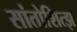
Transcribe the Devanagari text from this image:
सांतोशित्झ